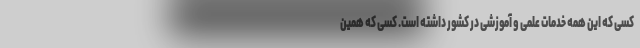
کسی که این همه خدمات علمی و آموزشی در کشور داشته است. کسی که همین